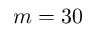
m = 3 0